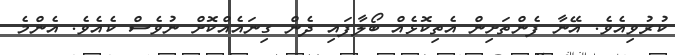
ކުރުވިއެވެ. އޭނާ ފެންތަށިން އެތިކޮޅެއް ބޯލާފައި ދެން ގިނައެއްކޮށް ނުވެސް ކެއެވެ. އެންމެ